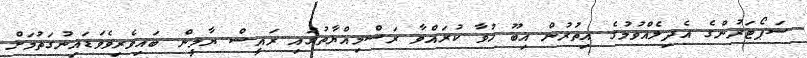
ސަޕޯޓަރުންގެ އެދިލެއްވުމުގެ އިތުރުން އިބޫ ހުވާ ކުރައްވާ ރަސްމިއްޔާތުގައި ރައީސް ޔާމީން ބައިވެރިވެވަޑައިނުގަތުމަށް